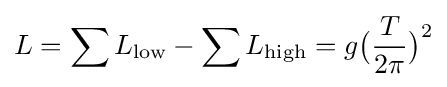
L=\sum L_{\text{low}}-\sum L_{\text{high}}=g{\big (}{T \over 2\pi }{\big )}^{2}